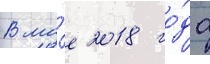
В ма́е 2018 го́да